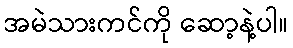
အမဲသားကင်ကို ဆော့နဲ့ပါ။